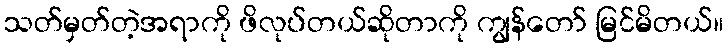
သတ်မှတ်တဲ့အရာကို ဖိလုပ်တယ်ဆိုတာကို ကျွန်တော် မြင်မိတယ်။